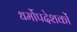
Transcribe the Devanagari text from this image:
धर्मोपदेशकों